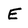
Character: E